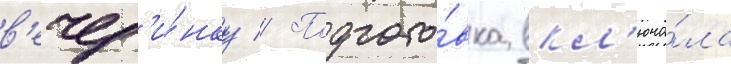
в'ечер'и́нку // Подгото́вка вкл'юча́ла